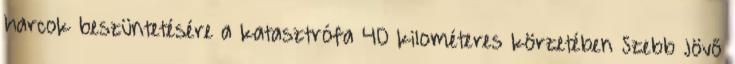
harcok beszüntetésére a katasztrófa 40 kilométeres körzetében Szebb Jövő